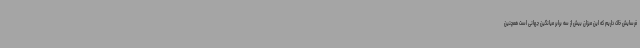
فرسایش خاک داریم که این میزان بیش از سه برابر میانگین جهانی است همچنین